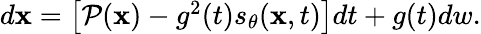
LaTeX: \begin{array}{r}{d\mathbf{x}=\left[\mathcal{P}(\mathbf{x})-g^{2}(t)s_{\theta}(\mathbf{x},t)\right]dt+g(t)dw.}\end{array}